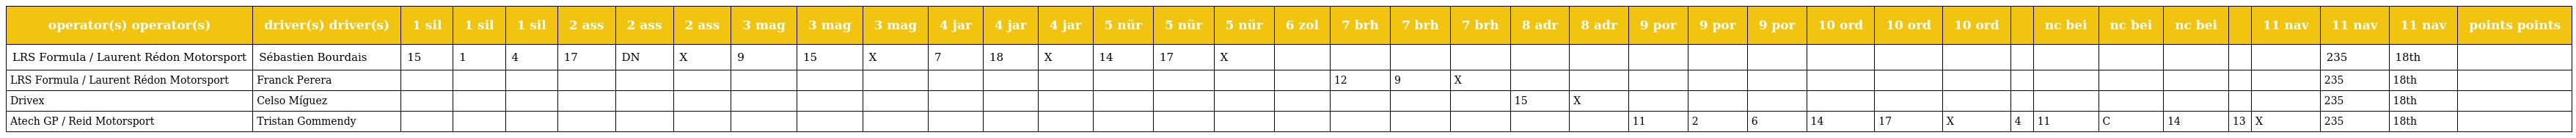
| operator(s) operator(s) | driver(s) driver(s) | 1 sil | 1 sil | 1 sil | 2 ass | 2 ass | 2 ass | 3 mag | 3 mag | 3 mag | 4 jar | 4 jar | 4 jar | 5 nür | 5 nür | 5 nür | 6 zol | 7 brh | 7 brh | 7 brh | 8 adr | 8 adr | 9 por | 9 por | 9 por | 10 ord | 10 ord | 10 ord |  | nc bei | nc bei | nc bei |  | 11 nav | 11 nav | 11 nav | points points |
 | --- | --- | --- | --- | --- | --- | --- | --- | --- | --- | --- | --- | --- | --- | --- | --- | --- | --- | --- | --- | --- | --- | --- | --- | --- | --- | --- | --- | --- | --- | --- | --- | --- | --- | --- | --- | --- | --- |
 | LRS Formula / Laurent Rédon Motorsport | Sébastien Bourdais | 15 | 1 | 4 | 17 | DN | X | 9 | 15 | X | 7 | 18 | X | 14 | 17 | X |  |  |  |  |  |  |  |  |  |  |  |  |  |  |  |  |  |  | 235 | 18th |  |
 | LRS Formula / Laurent Rédon Motorsport | Franck Perera |  |  |  |  |  |  |  |  |  |  |  |  |  |  |  |  | 12 | 9 | X |  |  |  |  |  |  |  |  |  |  |  |  |  |  | 235 | 18th |  |
 | Drivex | Celso Míguez |  |  |  |  |  |  |  |  |  |  |  |  |  |  |  |  |  |  |  | 15 | X |  |  |  |  |  |  |  |  |  |  |  |  | 235 | 18th |  |
 | Atech GP / Reid Motorsport | Tristan Gommendy |  |  |  |  |  |  |  |  |  |  |  |  |  |  |  |  |  |  |  |  |  | 11 | 2 | 6 | 14 | 17 | X | 4 | 11 | C | 14 | 13 | X | 235 | 18th |  |